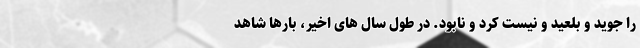
را جوید و بلعید و نیست کرد و نابود. در طول سال های اخیر، بارها شاهد